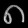
Digit: ၈